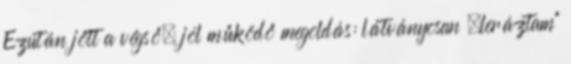
Ezután jött a végső, jól működő megoldás: látványosan „leráztam”